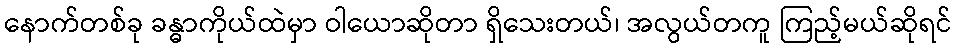
နောက်တစ်ခု ခန္ဓာကိုယ်ထဲမှာ ဝါယောဆိုတာ ရှိသေးတယ်၊ အလွယ်တကူ ကြည့်မယ်ဆိုရင်